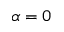
\alpha = 0